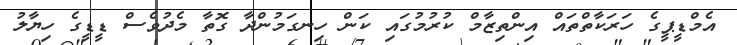
އެމްޑީޕީގެ ހަރަކާތްތައް އިންތިޒާމް ކުރުމުގައި ކަން ހިނގަމުންދާ ގޮތާ މެދުވެސް ޑީޑީގެ ހިޔާލު